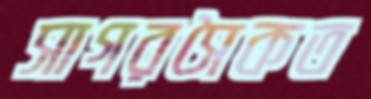
সাগরসৈকত